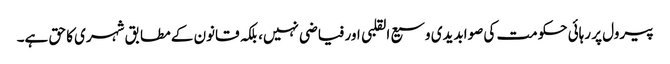
پیرول پر رہائی حکومت کی صوابدیدی وسیع القلبی اور فیاضی نہیں، بلکہ قانون کے مطابق شہری کا حق ہے۔